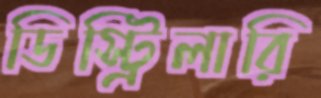
ডিস্ট্রিলারি